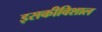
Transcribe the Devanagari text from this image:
इसकीविशाल